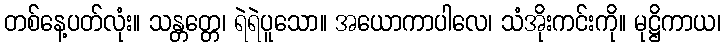
တစ်နေ့ပတ်လုံး။ သန္တတ္တေ၊ ရဲရဲပူသော။ အယောကာပါလေ၊ သံအိုးကင်းကို။ မုဋ္ဌိကာယ၊